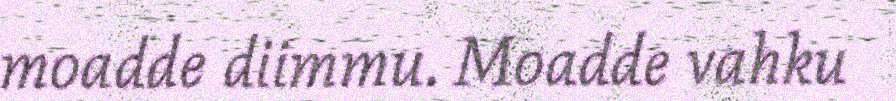
moadde diimmu. Moadde vahku